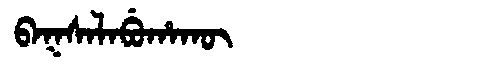
Manchu: ᠪᠠᡴᠰᠠᠯᠠᠪᡠᡥᠠᡴᡡ
Romanization: BAKSALABUHAKŪ